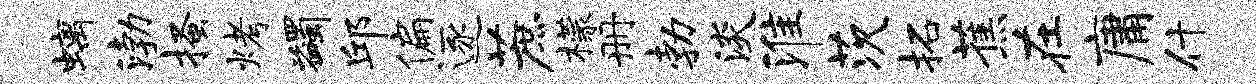
螭渤搔烤蠲邱偏逐蔗檬册勃淡淮茨拓蕉在庸什